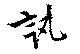
訊